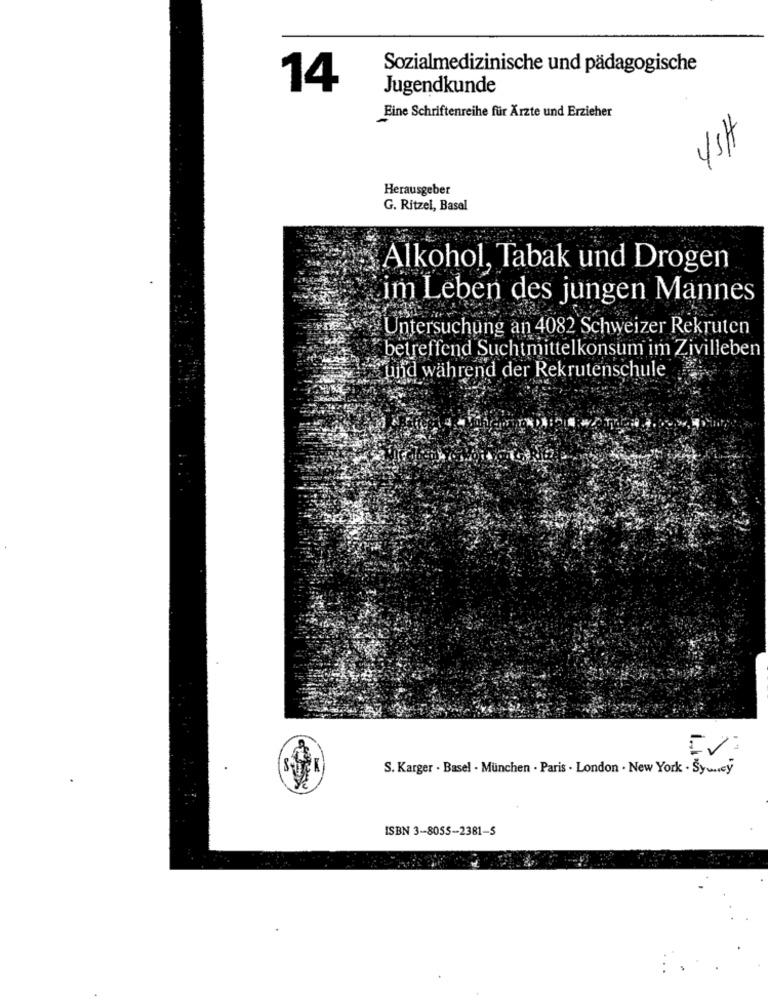
Sozialmedizinische und pädagogische
14
Jugendkunde
Eine Schriftenreihe für Ärzte und Erzieher
Hsh
Herausgeber
G. Ritzel, Basel
Alkohol, Tabak und Drogen
im Leben des jungen Mannes
Untersuchung an 4082 Schweizer Rekruten
betreffend Suchtmittelkonsum im Zivilleben
und während der Rekrutenschule
S. Karger . Basel - München - Paris . London . New York . Šywney
ISBN 3-8055-2381-5